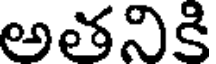
అతనికి